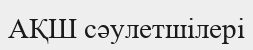
АҚШ сәулетшілері